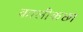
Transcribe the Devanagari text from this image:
कालीकछा